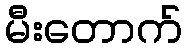
မီးတောက်